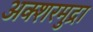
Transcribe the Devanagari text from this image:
अक्शरमुद्रा